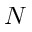
N